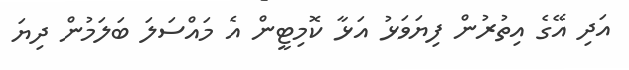
އަދި އޭގެ އިތުރުން ފިޔަވަޅު އަޅާ ކޮމިޓީން އެ މައްސަލަ ބަލަމުން ދިޔަ